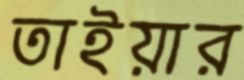
তাইয়ার